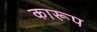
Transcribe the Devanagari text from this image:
कारूप